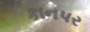
કાનપર